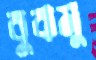
বুঝমু